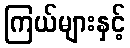
ကြယ်များနှင့်